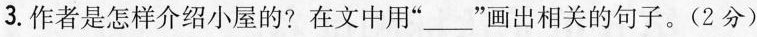
3. 作者是怎样介绍小屋的?在文中用“___”画出相关的句子。(2分)